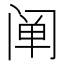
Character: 阐